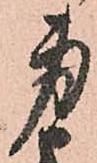
身